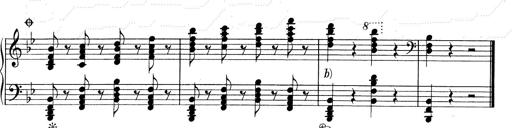
Title: RÃ©miniscences de Don Juan
Composer: Franz Liszt